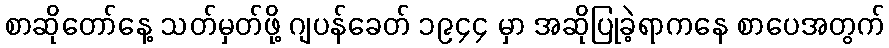
စာဆိုတော်နေ့ သတ်မှတ်ဖို့ ဂျပန်ခေတ် ၁၉၄၄ မှာ အဆိုပြုခဲ့ရာကနေ စာပေအတွက်